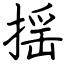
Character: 揺